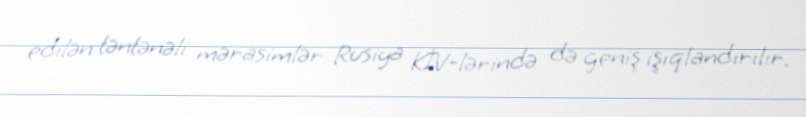
edilən təntənəli mərasimlər Rusiya KİV-lərində də geniş işıqlandırılır.